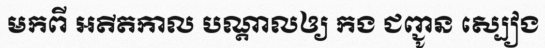
មកពី អតីតកាល បណ្តាលឲ្យ កង ជញ្ជូន ស្បៀង